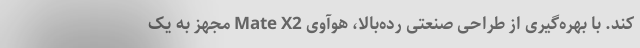
کند. با بهره‌گیری از طراحی صنعتی رده‌بالا، هوآوی Mate X2 مجهز به یک